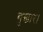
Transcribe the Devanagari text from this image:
बुखार।